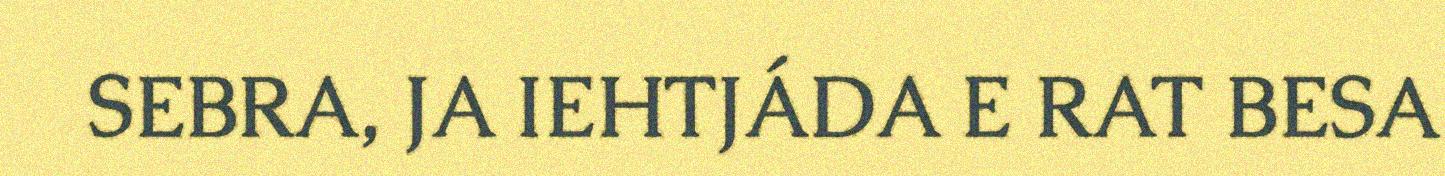
SEBRA, JA IEHTJÁDA E RAT BESA